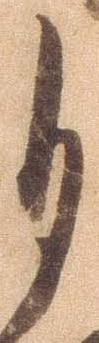
自